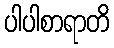
ပါပါစာရာတိ